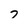
Character: 7